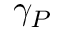
\gamma _ { P }